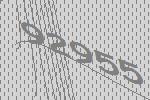
92955